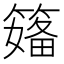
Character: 𱸣